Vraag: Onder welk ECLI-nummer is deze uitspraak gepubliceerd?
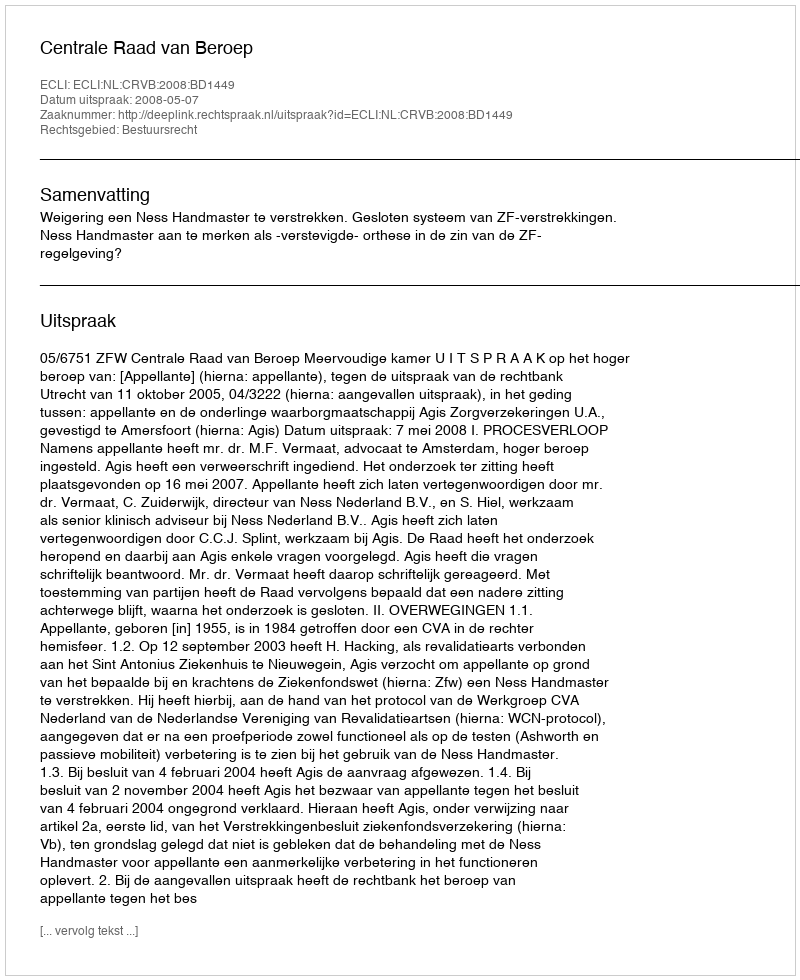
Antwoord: ECLI:NL:CRVB:2008:BD1449